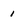
Character: 1